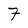
Character: 7